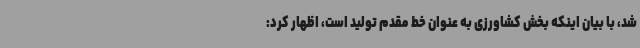
شد، با بیان اینکه بخش کشاورزی به عنوان خط مقدم تولید است، اظهار کرد: